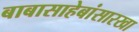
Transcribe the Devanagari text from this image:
बाबासाहेबांसारखा